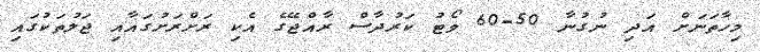
މިހާތަނަށް އަދި ނުގުނާ 50-60 ވޯޓު ކަރުދާސް ރާއްޖޭގެ އެކި ރަށްރަށުގައާއި ޖަލުތަކުގައި